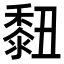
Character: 𪏲